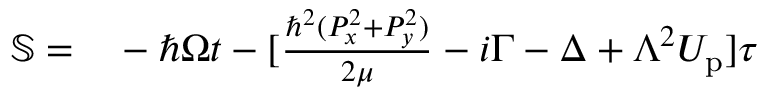
\begin{array} { r l } { \mathbb { S } = } & { { } - \hbar \Omega t - [ \frac { \hbar ^ { 2 } ( P _ { x } ^ { 2 } + P _ { y } ^ { 2 } ) } { 2 \mu } - i \Gamma - \Delta + \Lambda ^ { 2 } U _ { \mathrm { p } } ] \tau } \end{array}